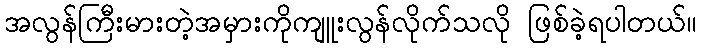
အလွန်ကြီးမားတဲ့အမှားကိုကျူးလွန်လိုက်သလို ဖြစ်ခဲ့ရပါတယ်။